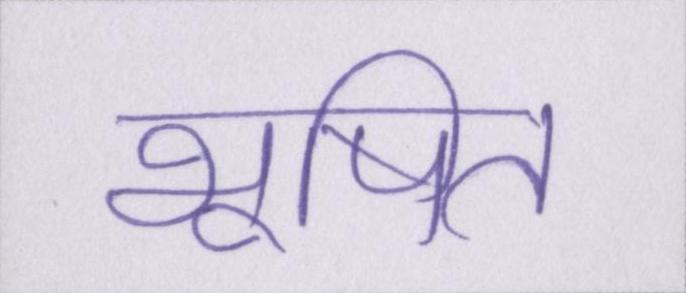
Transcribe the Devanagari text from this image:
भूषित